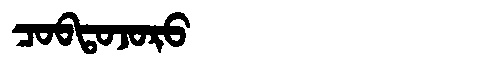
Manchu: ᠴᠣᠪᡨᠣᠵᠣᡵᠣ
Romanization: COBTOJORO